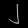
Digit: ၂